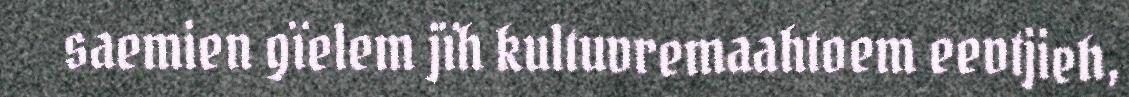
saemien gïelem jïh kultuvremaahtoem eevtjieh,